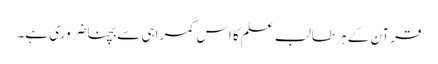
قرآن کے ہر طالب علم کا اس گمراہی سے بچنا ضروری ہے۔